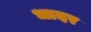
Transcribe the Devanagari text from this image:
धादर